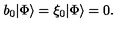
b _ { 0 } | \Phi \rangle = \xi _ { 0 } | \Phi \rangle = 0 .